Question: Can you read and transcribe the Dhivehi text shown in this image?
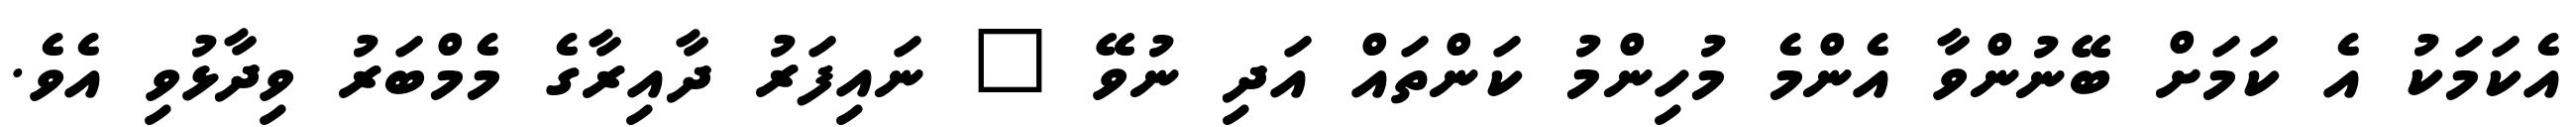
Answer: އެކަމަކު އެ ކަމަށް ބޭނުންވާ އެންމެ މުހިންމު ކަންތައް އަދި ނުވޭ " ނައިފަރު ދާއިރާގެ މެމްބަރު ވިދާޅުވި އެވެ.